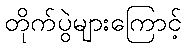
တိုက်ပွဲများကြောင့်